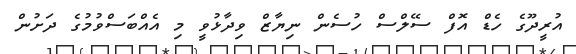
އުރީދޫގެ ހެޑް އޮފް ސޭލްސް ހުސެން ނިޔާޒް ވިދާޅުވީ މި އެއްބަސްވުމުގެ ދަށުން